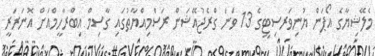
މެލޭޝިޔާގެ އޯޕަން ޔުނިވަރސިޓީގެ 13 ވަނަ ގްރެޖުއޭޝަން ރަސްމިއްޔާތުގައި ގާސިމް އިބްރާހީމްއަށް އޮނަރަރީ